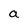
Character: a